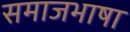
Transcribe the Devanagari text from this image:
समाजभाषा